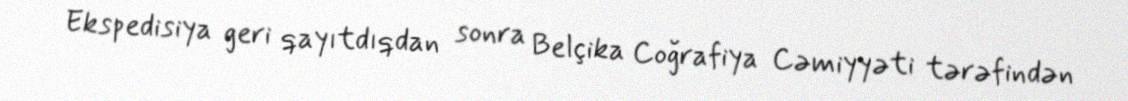
Ekspedisiya geri qayıtdıqdan sonra Belçika Coğrafiya Cəmiyyəti tərəfindən